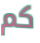
كم